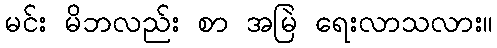
မင်း မိဘလည်း စာ အမြဲ ရေးလာသလား။